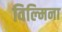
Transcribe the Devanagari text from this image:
विल्‍मिना